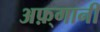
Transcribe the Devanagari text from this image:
अफ़्गानी